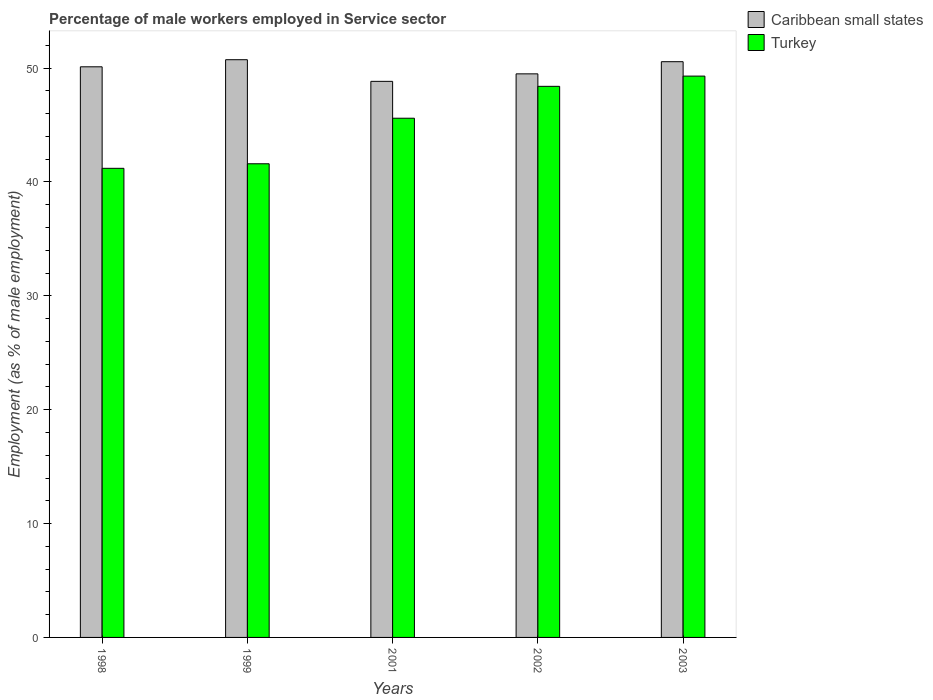
| Years | Caribbean small states | Turkey |
 | --- | --- | --- |
 | 1998 | 50.1 | 41.2 |
 | 1999 | 50.7 | 41.6 |
 | 2001 | 48.8 | 45.6 |
 | 2002 | 49.5 | 48.4 |
 | 2003 | 50.6 | 49.3 |